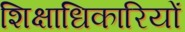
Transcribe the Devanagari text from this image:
शिक्षाधिकारियों